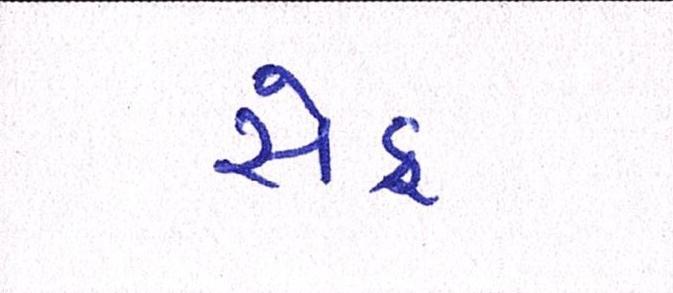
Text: સેફ